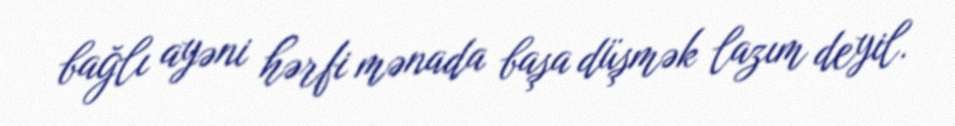
bağlı ayəni hərfi mənada başa düşmək lazım deyil.